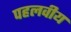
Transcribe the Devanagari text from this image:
पहलवीय